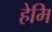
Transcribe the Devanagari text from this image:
हेमि